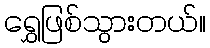
ရွှေဖြစ်သွားတယ်။